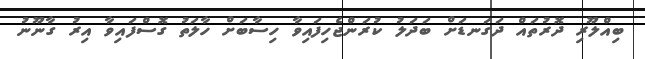
ބިއްލޫރި ދޮރުތައް ދަގަނޑަށް ބަދަލު ކުރަންޖެހިފައިވާ ހިސާބަށް ހާލަތު ގޮސްފައިވާ އިރު ގާނޫނު